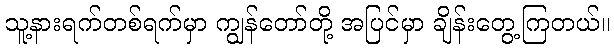
သူ့နားရက်တစ်ရက်မှာ ကျွန်တော်တို့ အပြင်မှာ ချိန်းတွေ့ကြတယ်။